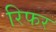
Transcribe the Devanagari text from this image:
रिफर